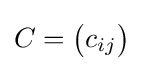
C={\begin{pmatrix}c_{ij}\end{pmatrix}}